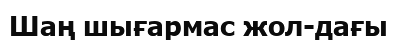
Шаң шығармас жол-дағы